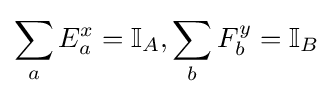
\sum _{a}E_{a}^{x}={\mathbb {I} }_{A},\sum _{b}F_{b}^{y}={\mathbb {I} }_{B}